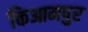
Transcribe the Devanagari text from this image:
किआमपुर